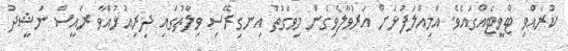
ކުރެއްވި ޓްވީޓެއްގައެވެ. އަމިއްލަފުޅަށް އަރުވާލެވިގެން މިވަގުތު އިނގިރޭސި ވިލާތުގައި ދިރިއުޅުއްވާ ރައީސް ނަޝީދު